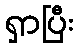
ရှာပြီး